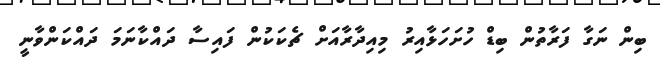
ބިން ނަގާ ފަރާތުން ބިޑް ހުށަހަޅާއިރު މިއިދާރާއަށް ޗެކަކުން ފައިސާ ދައްކާނަމަ ދައްކަންވާނީ